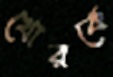
খোরকে